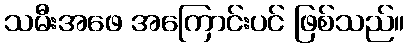
သမီးအဖေ အကြောင်းပင် ဖြစ်သည်။